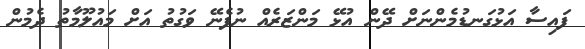
ފައިސާ އަޅުގަނޑުމެންނަށް ދޭން އުޅޭ މަންޒަރެއް ނުފެނޭ ވަގުތު އަށް މައުލޫމާތު ދެމުން